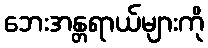
ဘေးအန္တရာယ်များကို